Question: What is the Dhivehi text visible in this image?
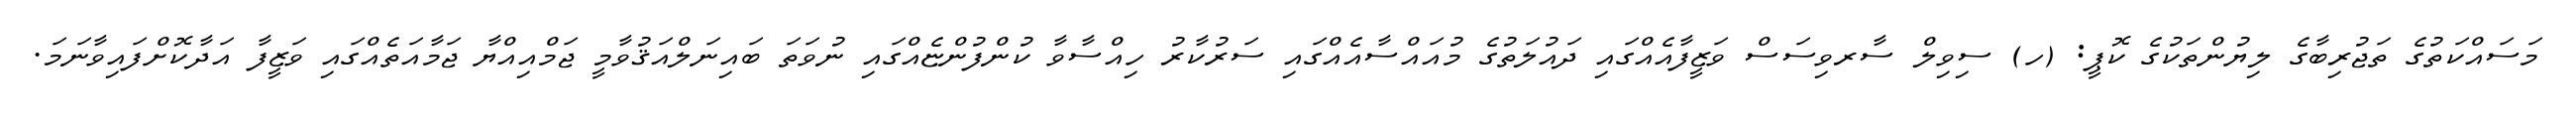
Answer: މަސައްކަތުގެ ތަޖުރިބާގެ ލިޔުންތަކުގެ ކޮޕީ: (ހ) ސިވިލް ސާރވިސަސް ވަޒީފާއެއްގައި ދައުލަތުގެ މުއައްސާއެއްގައި ސަރުކާރު ހިއްސާވާ ކުންފުންޏެއްގައި ނުވަތަ ބައިނަލްއަޤުވާމީ ޖަމްއިއްޔާ ޖަމާއަތެއްގައި ވަޒީފާ އަދާކޮށްފައިވާނަމަ.